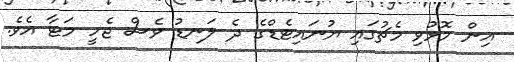
އިން މޮޅުވި މެޗުގައި ޔުނައިޓެޑްގެ ދެ ލަނޑު ވެސް ޖެހީ މަޓާ އެވެ.